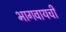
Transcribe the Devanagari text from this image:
भागवायची